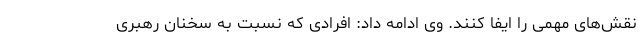
نقش‌های مهمی را ایفا کنند. وی ادامه داد: افرادی که نسبت به سخنان رهبری